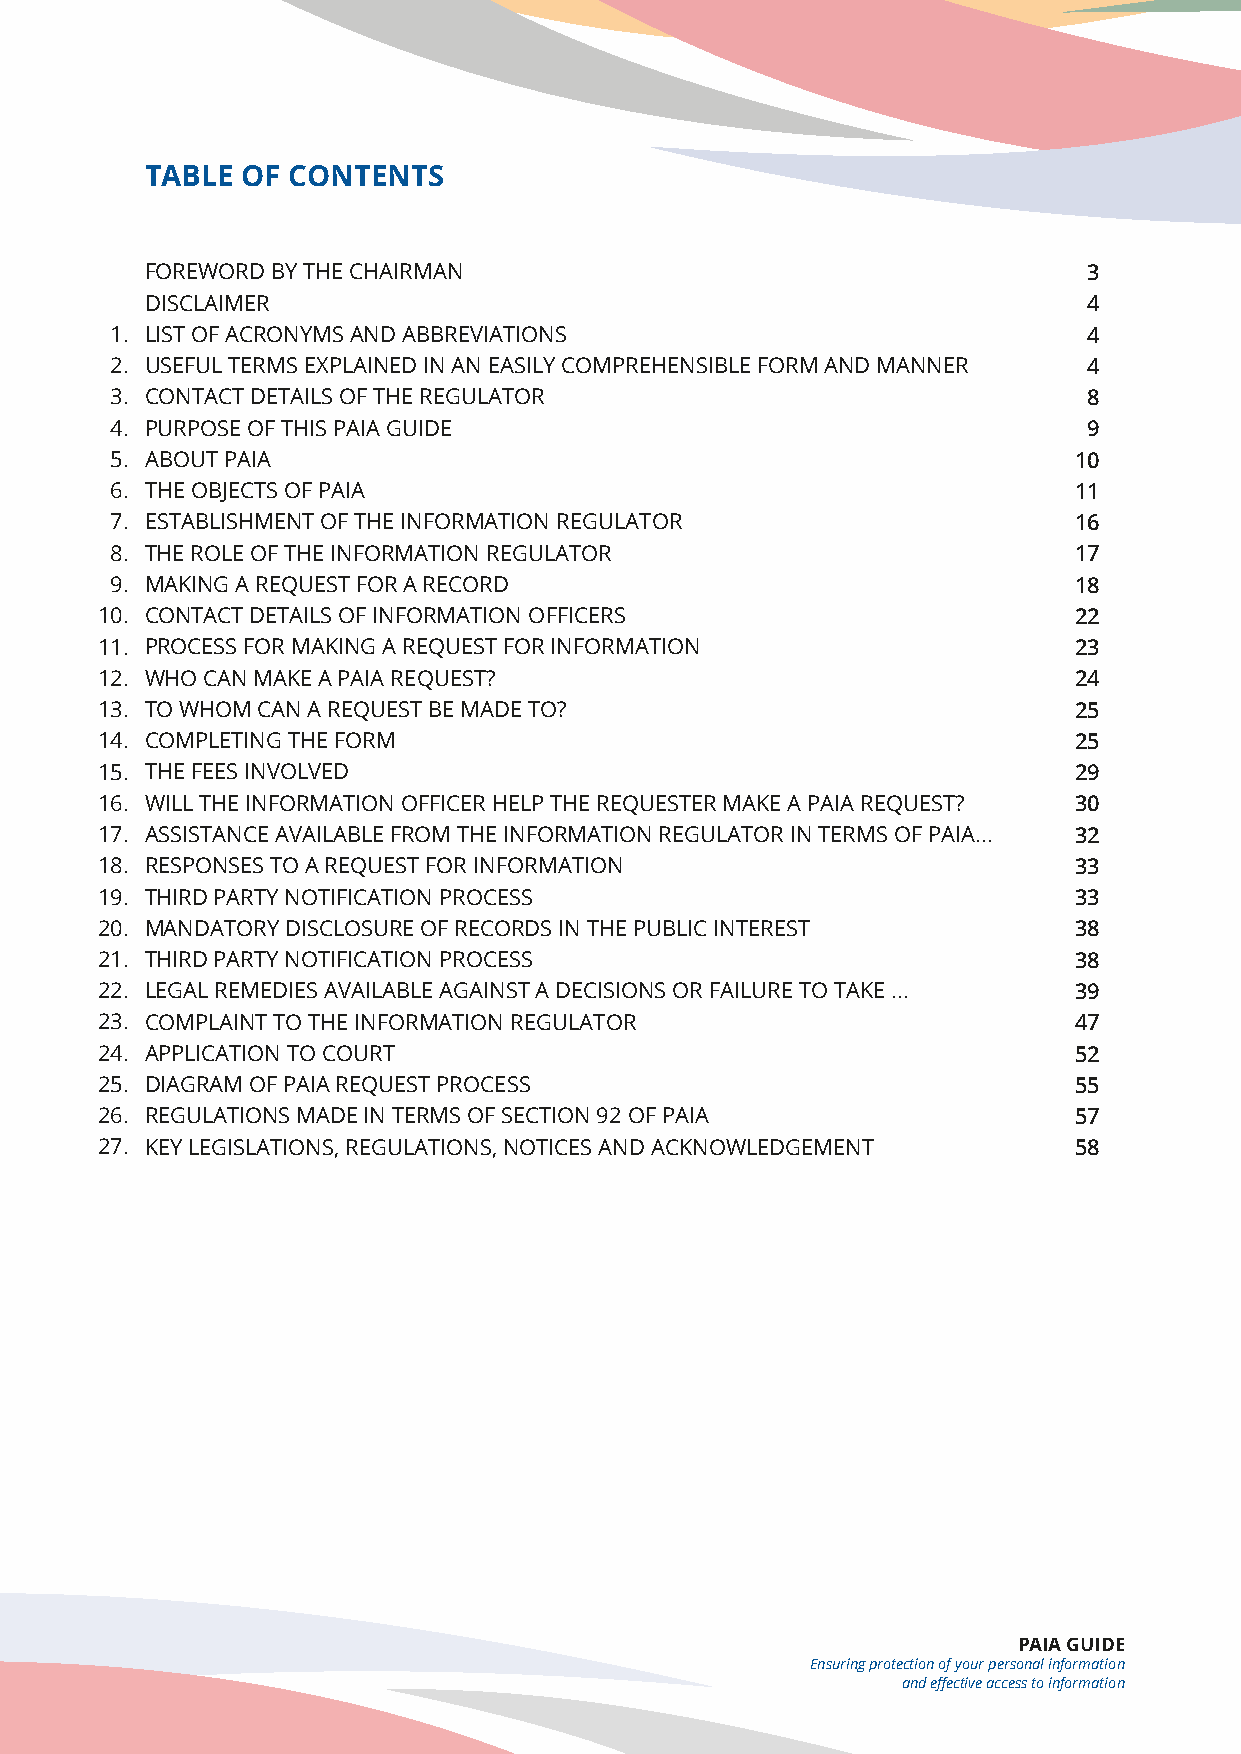
TABLE OF CONTENTS
 FOREWORD BY THE CHAIRMAN                                      3
 DISCLAIMER                                                    4
 1. LIST OF ACRONYMS AND ABBREVIATIONS                            4
 2. USEFUL TERMS EXPLAINED IN AN EASILY COMPREHENSIBLE FORM AND MANNER 4
 3. CONTACT DETAILS OF THE REGULATOR                              8
 4. PURPOSE OF THIS PAIA GUIDE                                    9
 5. ABOUT PAIA                                                   10
 6. THE OBJECTS OF PAIA                                          11
 7. ESTABLISHMENT OF THE INFORMATION REGULATOR                   16
 8. THE ROLE OF THE INFORMATION REGULATOR                        17
 9. MAKING A REQUEST FOR A RECORD                                18
 10. CONTACT DETAILS OF INFORMATION OFFICERS                      22
 11. PROCESS FOR MAKING A REQUEST FOR INFORMATION                 23
 12. WHO CAN MAKE A PAIA REQUEST?                                 24
 13. TO WHOM CAN A REQUEST BE MADE TO?                            25
 14. COMPLETING THE FORM                                          25
 15. THE FEES INVOLVED                                            29
 16. WILL THE INFORMATION OFFICER HELP THE REQUESTER MAKE A PAIA REQUEST? 30
 17. ASSISTANCE AVAILABLE FROM THE INFORMATION REGULATOR IN TERMS OF PAIA... 32
 18. RESPONSES TO A REQUEST FOR INFORMATION                       33
 19. THIRD PARTY NOTIFICATION PROCESS                             33
 20. MANDATORY DISCLOSURE OF RECORDS IN THE PUBLIC INTEREST       38
 21. THIRD PARTY NOTIFICATION PROCESS                             38
 22. LEGAL REMEDIES AVAILABLE AGAINST A DECISIONS OR FAILURE TO TAKE ... 39
 23. COMPLAINT TO THE INFORMATION REGULATOR                       47
 24. APPLICATION TO COURT                                         52
 25. DIAGRAM OF PAIA REQUEST PROCESS                              55
 26. REGULATIONS MADE IN TERMS OF SECTION 92 OF PAIA              57
 27. KEY LEGISLATIONS, REGULATIONS, NOTICES AND ACKNOWLEDGEMENT   58
 PAIA                    GUIDE
 PAIA GUIDE
 Ensuring protection of your personal information
 and effective access to information